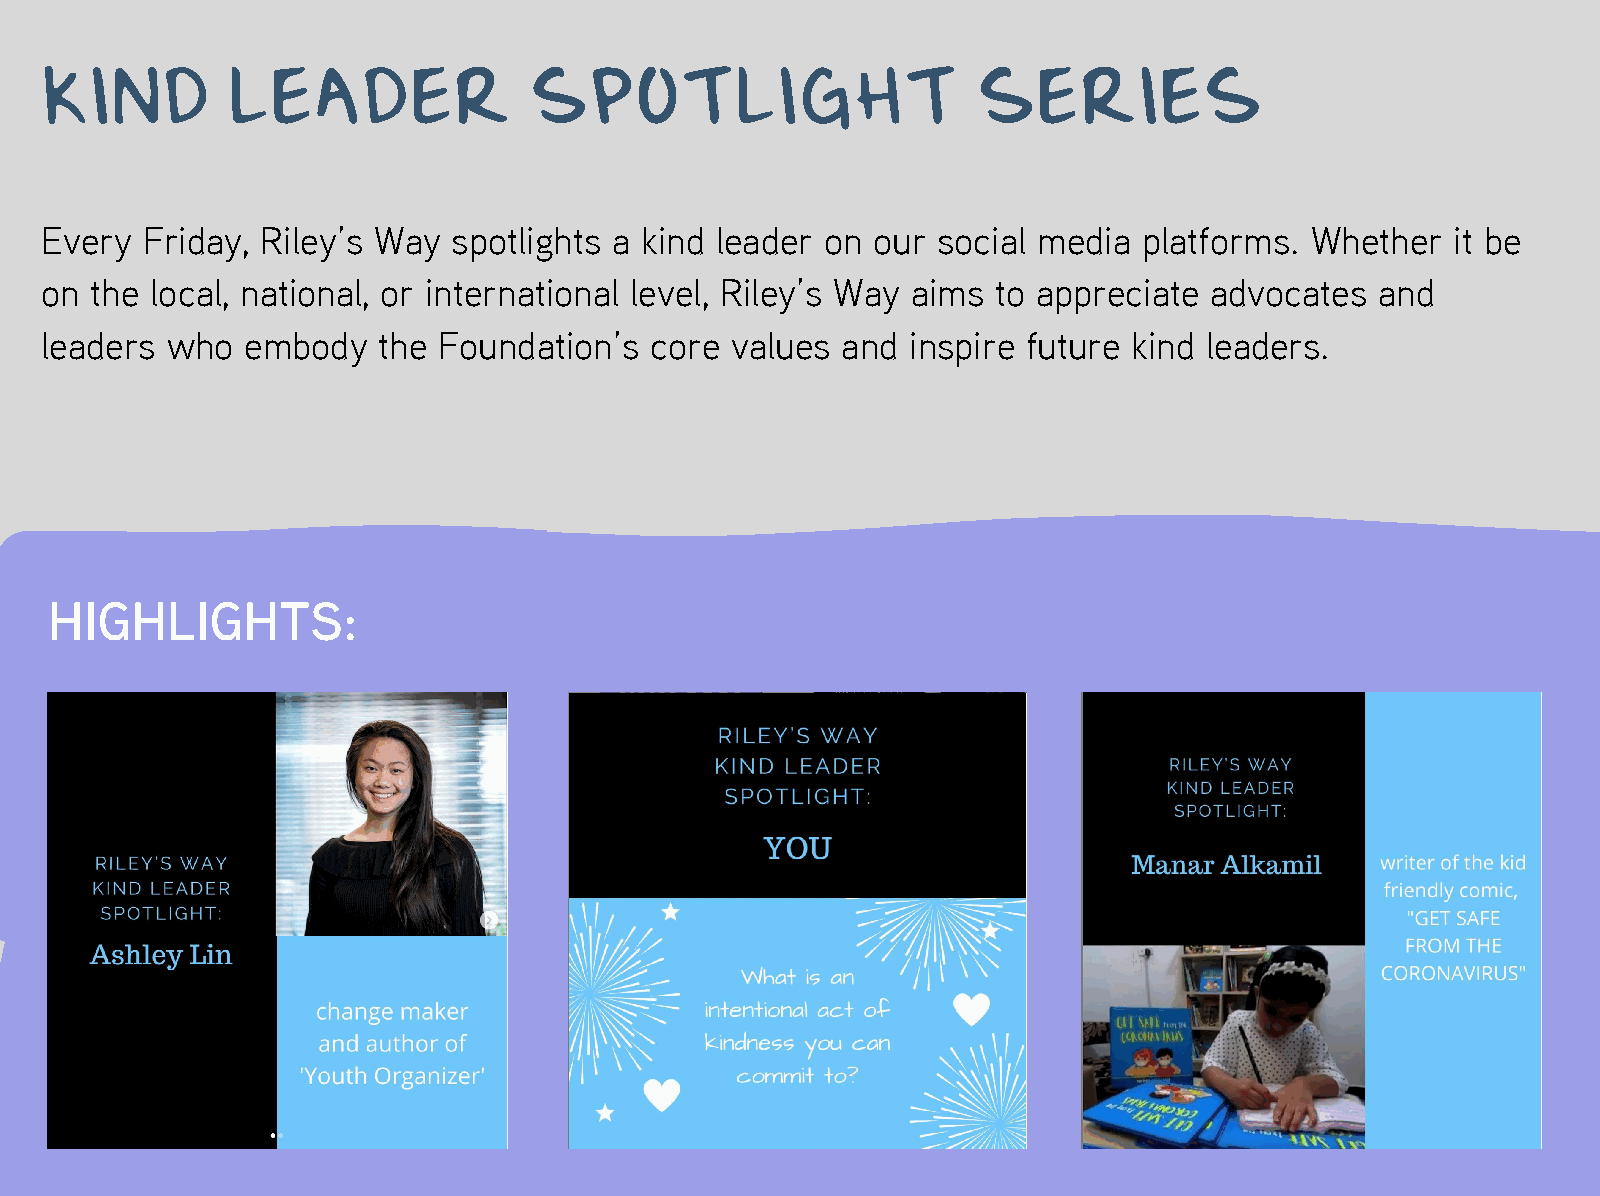
KIND        LEADER              SPOTLIGHT                     SERIES
 Every Friday, Riley’s Way  spotlights a kind leader on our social media  platforms. Whether  it be
 on the local, national, or international level, Riley’s Way aims to appreciate advocates and
 leaders who  embody   the Foundation’s  core values  and inspire future kind leaders.
 HIGHLIGHTS: